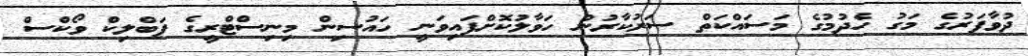
ދުވާފަރުގެ މަގު ހެދުމުގެ މަސައްކަތް ސަރުކާރުން ހަވާލުކޮށްފައިވަނީ ހައުސިން މިނިސްޓްރީގެ ޕަބްލިކް ވޯކްސް